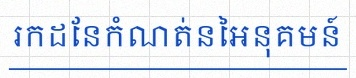
រកដែនកំណត់នៃអនុគមន៍